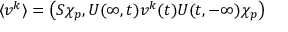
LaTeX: \langle v ^ { k } \rangle = \left( S \chi _ { p } , U ( \infty , t ) v ^ { k } ( t ) U ( t , - \infty ) \chi _ { p } \right)